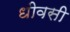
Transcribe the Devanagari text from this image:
धीवसी